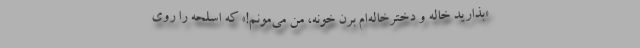
«بذارید خاله و دخترخاله‌ام برن خونه، من می‌مونم!» که اسلحه را روی